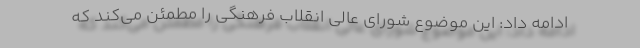
ادامه داد: این موضوع شورای عالی انقلاب فرهنگی را مطمئن می‌کند که